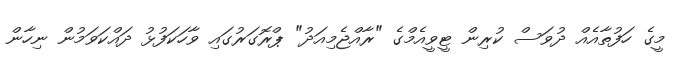
މީގެ ހަފުތާއެއް ދުވަސް ކުރިން ޓީވީއެމްގެ "ރާއްޖެމިއަދު" ޕްރޮގަރުގައި ވާހަކަފުޅު ދައްކަވަމުން ނިހާން